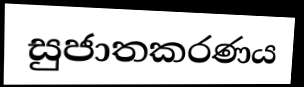
සුජාතකරණය